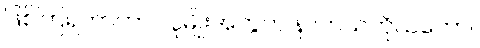
ဖြစ်ကြရတာဟာ လူမျိုးအတွက် နာတယ်ကိုယ်တော်။